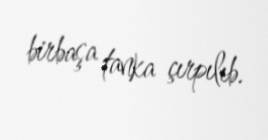
birbaşa tanka çırpılıb.